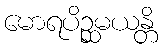
မောရပိဉ္ဆမယန္တိ